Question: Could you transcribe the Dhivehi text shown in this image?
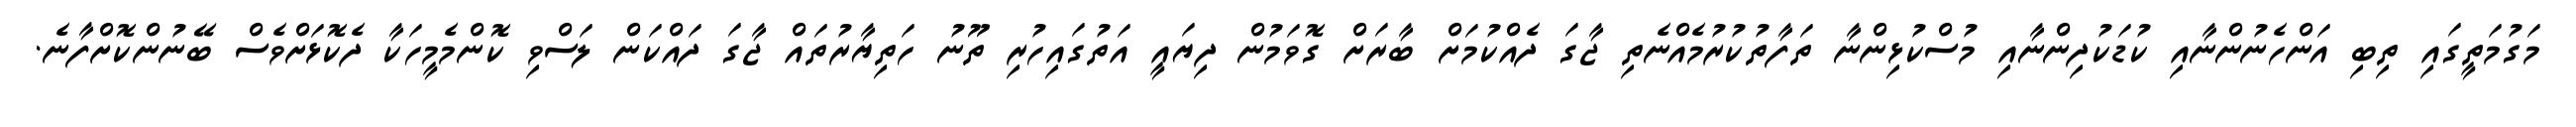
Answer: މަގުމަތީގައި ތިބި އަންހެނުންނާއި ކުޑަކުދިންނާއި މުސްކުޅިންނާ ތަފާތުކުރުމެއްނެތި ޖާގަ ދެއްކުމަށް ބާރަށް ގޮވަމުން ދިޔައީ އަތުގައިހުރި ތޫނު ހަތިޔާރުތައް ޖާގަ ދައްކަން ލަސްވި ކޮންމެމީހަކާ ދެކޮޅަށްވެސް ބޭނުންކޮށްފާނެ.